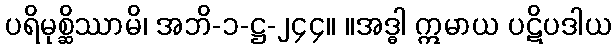
ပရိမုစ္ဆိဿာမိ၊ အဘိ-၁-ဋ္ဌ-၂၄၄။ ။အဒ္ဓါ ဣမာယ ပဋိပဒါယ